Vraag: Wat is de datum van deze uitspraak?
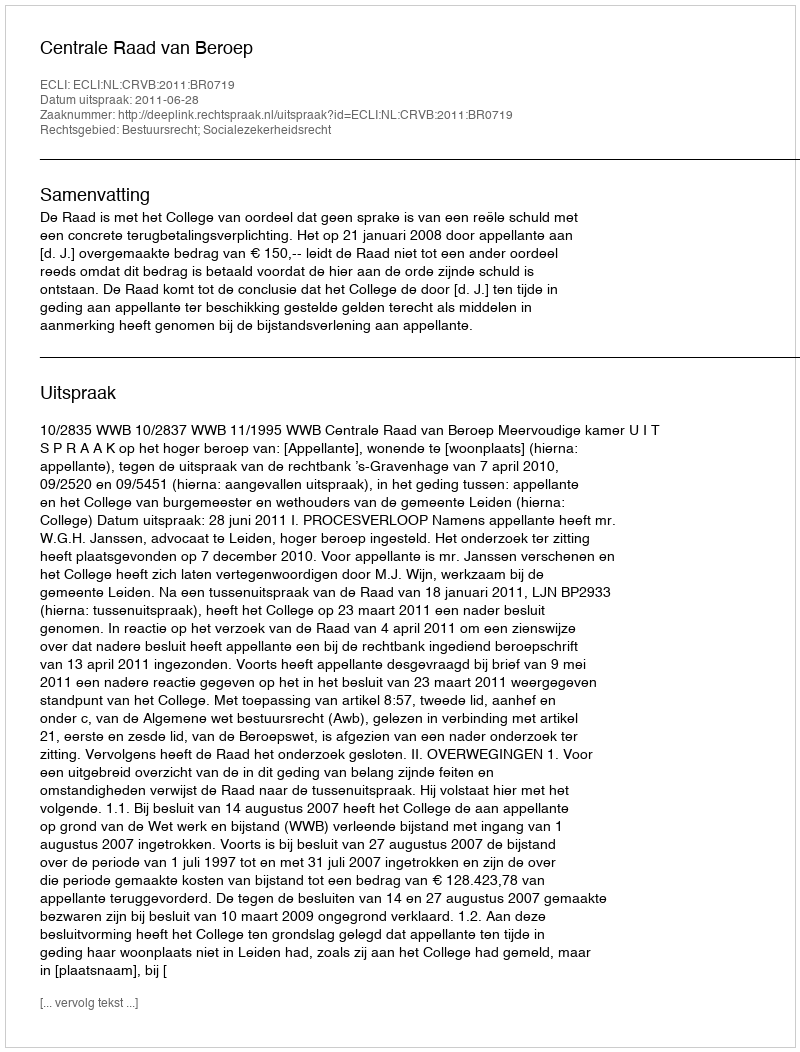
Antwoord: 2011-06-28